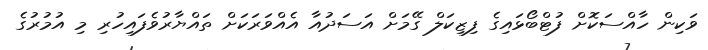
ވަކިން ހާއްސަކޮށް ފުޓްބޯޅައިގެ ފިޒިކަލް ގޭމަށް އަސަދުއާ އެއްވަރަކަށް ތައްޔާރުވެފައިހުރި މި އުމުރުގެ